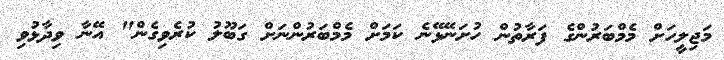
މަޖިލީހަށް މެމްބަރުންގެ ފަރާތުން ހުށަނޭޅޭނެ ކަމަށް މެމްބަރުންނަށް ގަބޫލު ކުރެވިގެން" އޭނާ ވިދާޅުވި